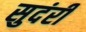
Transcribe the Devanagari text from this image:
सुदंरी